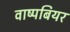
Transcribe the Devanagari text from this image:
वाष्पबियर